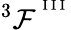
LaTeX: ^3{\cal F}^{^{\mathrm{~I~I~I~}}}